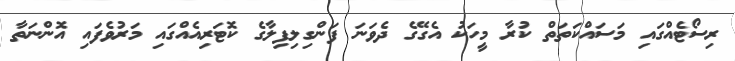
ރިސޯޓެއްގައި މަސައްކަތަތް ކުރާ މީހަކު އެގޭގެ ދެވަނަ ފަންގިލިފިލާގެ ކޮޓަރިއެެއްގައި މަރުވެފައި އޮންނަތާ